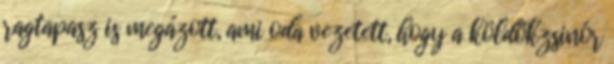
ragtapasz is megázott, ami oda vezetett, hogy a köldökzsinór